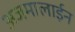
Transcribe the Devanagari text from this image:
अजमालाईन